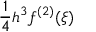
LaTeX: { \frac { 1 } { 4 } } h ^ { 3 } f ^ { ( 2 ) } ( \xi )